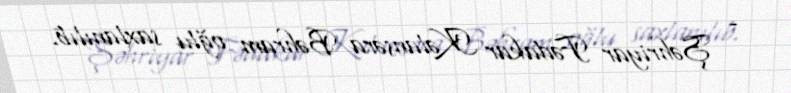
- Şəhriyar Fədakar Kəlansəra Bəhram oğlu saxlanılıb.